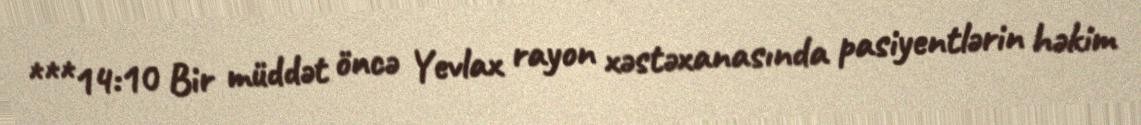
***14:10 Bir müddət öncə Yevlax rayon xəstəxanasında pasiyentlərin həkim